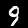
Label: 9